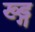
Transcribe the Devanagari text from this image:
ख्ड्ग